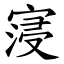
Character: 寖